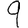
Digit: 9